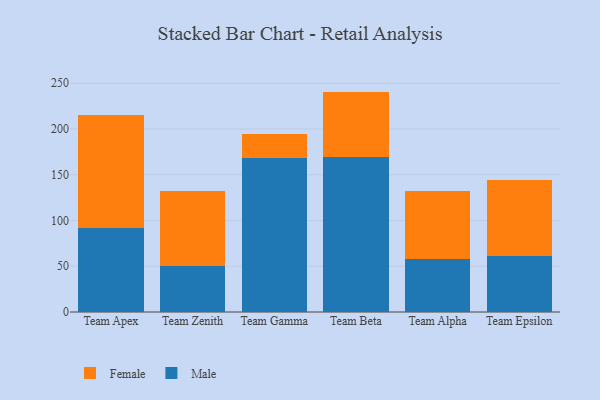
{"axis": {"x": "Team", "y": "Demand Index"}, "legend": ["Female", "Male"], "data": [{"x": "Team Apex", "y": 92.1, "type": "Male"}, {"x": "Team Apex", "y": 123.0, "type": "Female"}, {"x": "Team Zenith", "y": 50.0, "type": "Male"}, {"x": "Team Zenith", "y": 82.5, "type": "Female"}, {"x": "Team Gamma", "y": 168.6, "type": "Male"}, {"x": "Team Gamma", "y": 25.8, "type": "Female"}, {"x": "Team Beta", "y": 169.1, "type": "Male"}, {"x": "Team Beta", "y": 71.8, "type": "Female"}, {"x": "Team Alpha", "y": 57.7, "type": "Male"}, {"x": "Team Alpha", "y": 75.1, "type": "Female"}, {"x": "Team Epsilon", "y": 61.7, "type": "Male"}, {"x": "Team Epsilon", "y": 82.7, "type": "Female"}]}